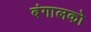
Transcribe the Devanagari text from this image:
बंगालको